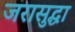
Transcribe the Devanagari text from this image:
जरासुद्धा